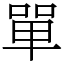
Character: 單